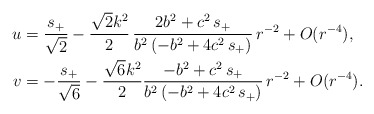
\begin{align*} u &= \frac{s_+}{\sqrt{2}} - \frac{\sqrt{2}k^2}{2}\,\frac{2b^2 + c^2\,s_+}{b^2\,(-b^2 + 4c^2\,s_+)}\,r^{-2}+ O(r^{-4}), \\v &= -\frac{s_+}{\sqrt{6}} - \frac{\sqrt{6}k^2}{2}\frac{-b^2 + c^2\,s_+}{b^2\,(-b^2 + 4c^2\,s_+)}\,r^{-2} + O(r^{-4}) .\end{align*}